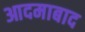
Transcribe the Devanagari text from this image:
आदमाबाद